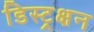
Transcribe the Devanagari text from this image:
डिस्ट्रक्षन